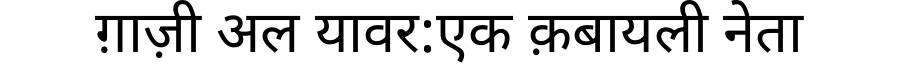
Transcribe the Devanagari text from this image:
ग़ाज़ी अल यावर:एक क़बायली नेता